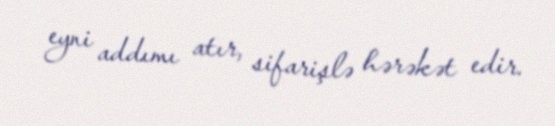
eyni addımı atır, sifarişlə hərəkət edir.